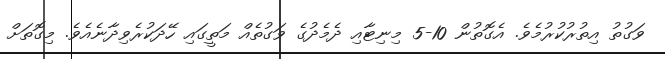
ވަގުތު އިތުރުކުރުމެވެ. އެގޮތުން 10-5 މިނިޓާއި ދެމެދުގެ ވަގުތެއް މަތީގައި ހޭދަކުރެވިދާނެއެވެ. މިގޮތަށް